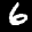
Label: 6